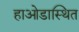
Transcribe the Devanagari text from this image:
हाओडास्थित